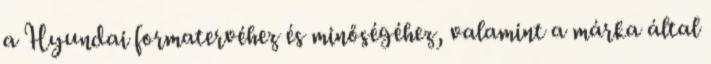
a Hyundai formatervéhez és minőségéhez, valamint a márka által